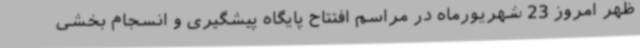
ظهر امروز 23 شهریورماه در مراسم افتتاح پایگاه پیشگیری و انسجام بخشی